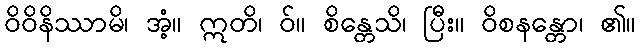
ဝိဝိနိဿာမိ၊ အံ့။ ဣတိ၊ ဝ်။ စိန္တေသိ၊ ပြီး။ ဝိစနန္တော၊ ၏။